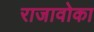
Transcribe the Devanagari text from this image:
राजावोका